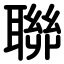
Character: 聯